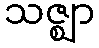
သဇ္ဈာ